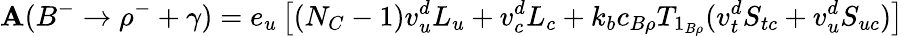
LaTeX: \mathbf{A}(B^{-}\to\rho^{-}+\gamma)=e_{u}\left[\left(N_{C}-1\right)v_{u}^{d}L_{u}+v_{c}^{d}{L_{c}}+k_{b}c_{B\rho}T_{1_{B\rho}}(v_{t}^{d}S_{tc}+v_{u}^{d}S_{uc})\right]